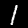
Digit: 1